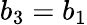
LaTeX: b_{3}=b_{1}